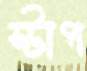
স্টাপ